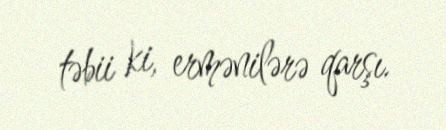
təbii ki, ermənilərə qarşı.